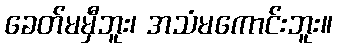
ခေတ်မမှီဘူး၊ အသံမကောင်းဘူး။